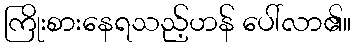
ကြိုးစားနေရသည့်ဟန် ပေါ်လာ၏။